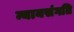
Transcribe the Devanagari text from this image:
न्यायसंगति